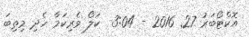
އޮކްޓޯބަރު 27